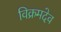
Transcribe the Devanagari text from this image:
विक्रमदेव